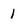
Character: 1